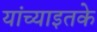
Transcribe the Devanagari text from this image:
यांच्याइतके